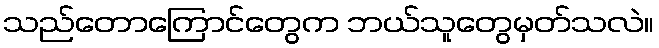
သည်တောကြောင်တွေက ဘယ်သူတွေမှတ်သလဲ။